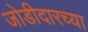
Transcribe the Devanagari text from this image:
जोडीदारच्या